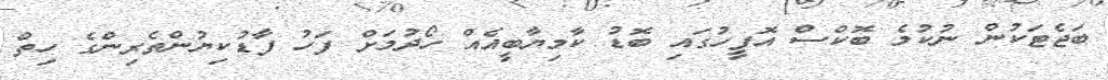
ބަޖެޓަކުން ނުކުމެ ބޮކްސް އޮފީހުގައި ބޮޑު ކާމިޔާބީއެއް ހޯދުމަށް ފަހު ފާޑުކިޔުންތެރިންގެ ހިތް